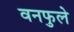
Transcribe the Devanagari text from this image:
वनफुले